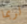
لربما